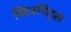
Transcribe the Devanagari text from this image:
विंटरनिट्‌स